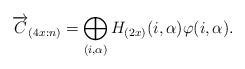
LaTeX: \begin{align*}\overrightarrow{C}_{(4x:n)}=\bigoplus_{(i,\alpha)}H_{(2x)}(i,\alpha)\varphi(i,\alpha).\end{align*}